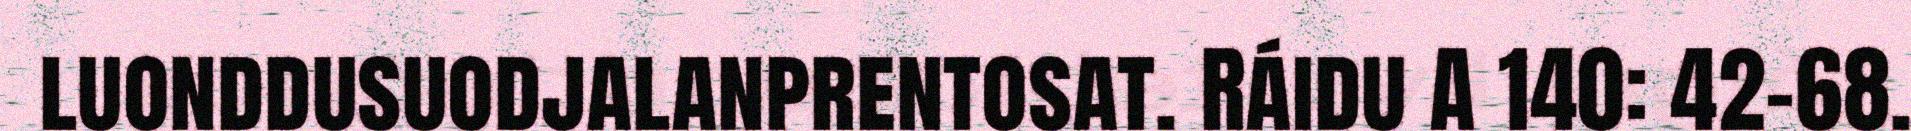
luonddusuodjalanprentosat. Ráidu A 140: 42–68.